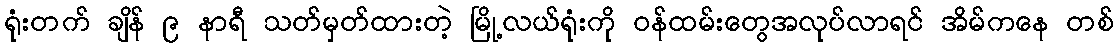
ရုံးတက် ချိန် ၉ နာရီ သတ်မှတ်ထားတဲ့ မြို့လယ်ရုံးကို ဝန်ထမ်းတွေအလုပ်လာရင် အိမ်ကနေ တစ်